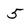
Character: 5